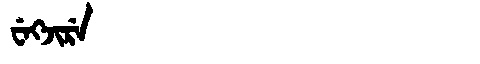
Manchu: ᠸᡝᡴᠵᡳᡵᡝ
Romanization: WEKJIRE